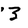
Character: 3